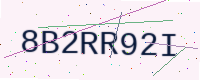
Text: 8B2RR92I